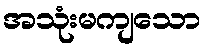
အသုံးမကျသော